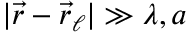
| \vec { r } - \vec { r } _ { \ell } | \gg \lambda , a